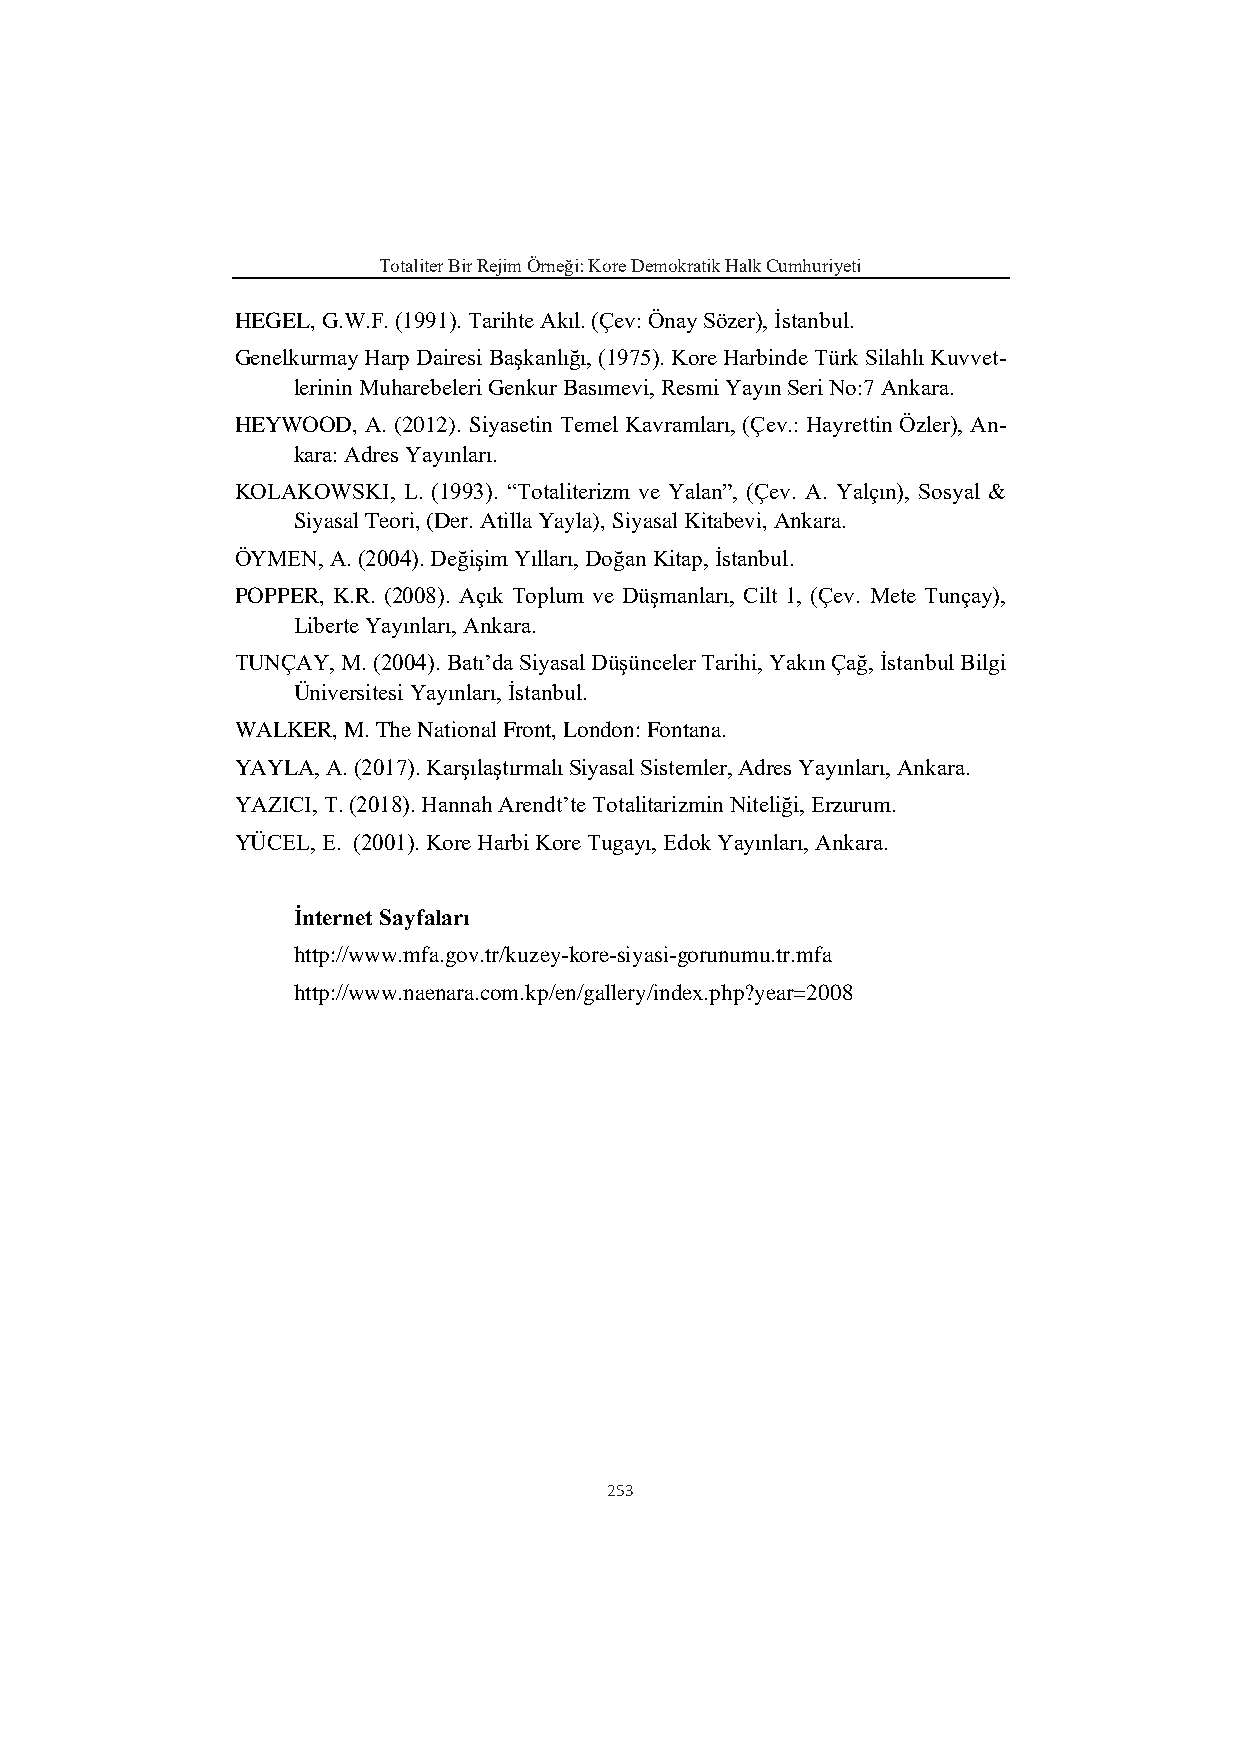
Totaliter Bir Rejim Örneği: Kore Demokratik Halk Cumhuriyeti
 HEGEL, G.W.F. (1991). Tarihte Akıl. (Çev: Önay Sözer), İstanbul.
 Genelkurmay Harp Dairesi Başkanlığı, (1975). Kore Harbinde Türk Silahlı Kuvvet-
 lerinin Muharebeleri Genkur Basımevi, Resmi Yayın Seri No:7 Ankara.
 HEYWOOD, A. (2012). Siyasetin Temel Kavramları, (Çev.: Hayrettin Özler), An-
 kara: Adres Yayınları.
 KOLAKOWSKI, L. (1993). “Totaliterizm ve Yalan”, (Çev. A. Yalçın), Sosyal &
 Siyasal Teori, (Der. Atilla Yayla), Siyasal Kitabevi, Ankara.
 ÖYMEN, A. (2004). Değişim Yılları, Doğan Kitap, İstanbul.
 POPPER, K.R. (2008). Açık Toplum ve Düşmanları, Cilt 1, (Çev. Mete Tunçay),
 Liberte Yayınları, Ankara.
 TUNÇAY, M. (2004). Batı’da Siyasal Düşünceler Tarihi, Yakın Çağ, İstanbul Bilgi
 Üniversitesi Yayınları, İstanbul.
 WALKER, M. The National Front, London: Fontana.
 YAYLA, A. (2017). Karşılaştırmalı Siyasal Sistemler, Adres Yayınları, Ankara.
 YAZICI, T. (2018). Hannah Arendt’te Totalitarizmin Niteliği, Erzurum.
 YÜCEL, E. (2001). Kore Harbi Kore Tugayı, Edok Yayınları, Ankara.
 İnternet Sayfaları
 http://www.mfa.gov.tr/kuzey-kore-siyasi-gorunumu.tr.mfa
 http://www.naenara.com.kp/en/gallery/index.php?year=2008
 253